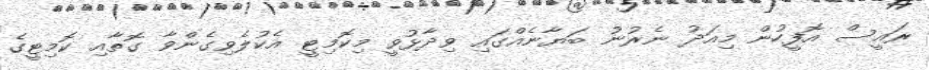
ރައީސް އޮފީހުން މިއަދު ނެރުނު ބަޔާނެއްގައި ވިދާޅުވީ މިކޮމިޓީ އެކުލެވިގެންވާ ގޮތާއި ކޮމިޓީގެ